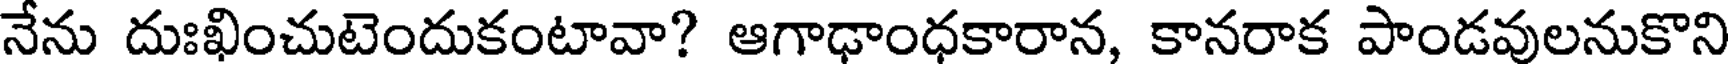
నేను దుఃఖించుటెందుకంటావా? ఆగాఢాంధకారాన, కానరాక పాండవులనుకొని